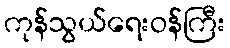
ကုန်သွယ်ရေးဝန်ကြီး